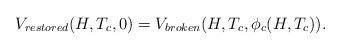
LaTeX: \begin{align*}V_{restored}(H, T_c, 0) = V_{broken}(H, T_c, \phi_c(H, T_c)).\end{align*}